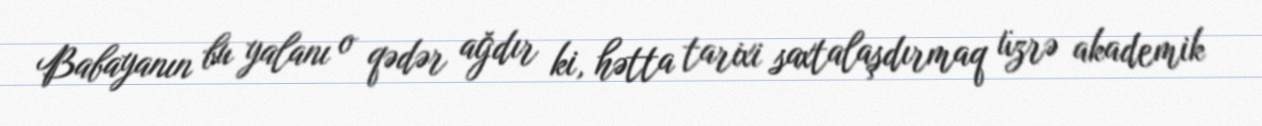
Babayanın bu yalanı o qədər ağdır ki, hətta tarixi saxtalaşdırmaq üzrə akademik